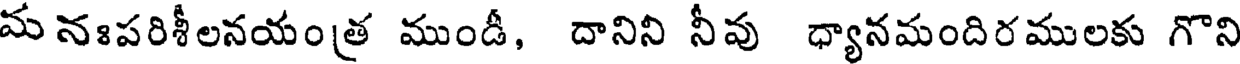
మ నఃపరిశీలనయంత ముండీ, దానిని నీపు ధ్యానమందిరములకు గొని